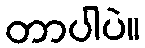
တာပါပဲ။